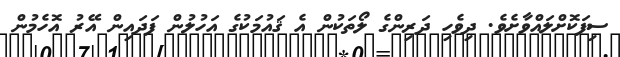
ސިފަކޮށްލައްވާށެވެ. ދިވެހި ދަރިންގެ ލޯތަކުން އެ ޤައުމަކުގެ އަހުލުން ފަދައިން އޭރު އޮހެމުން